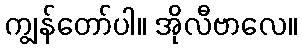
ကျွန်တော်ပါ။ အိုလီဗာလေ။